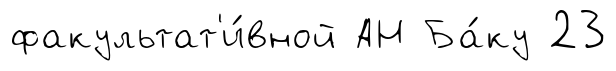
факультат'и́вной АН Ба́ку 23